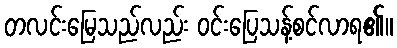
တလင်းမြေသည်လည်း ဝင်းပြေသန့်စင်လာရ၏။